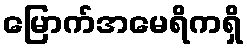
မြောက်အမေရိကရှိ